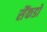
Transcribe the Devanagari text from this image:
सैंकडो